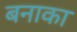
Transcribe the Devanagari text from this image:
बनाका